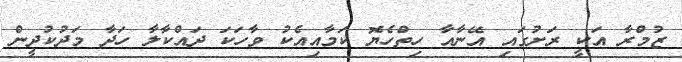
ޒުމްރާ އަކީ ރަށުގައި އޭނާއާ ހިތްހެޔޮ ކަމާއިއެކު ވާހަކަ ދައްކާލާ ހަދާ މަދުކުދީން